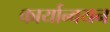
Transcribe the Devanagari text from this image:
कार्यान्‍वयन